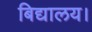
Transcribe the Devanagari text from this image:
बिद्यालय।